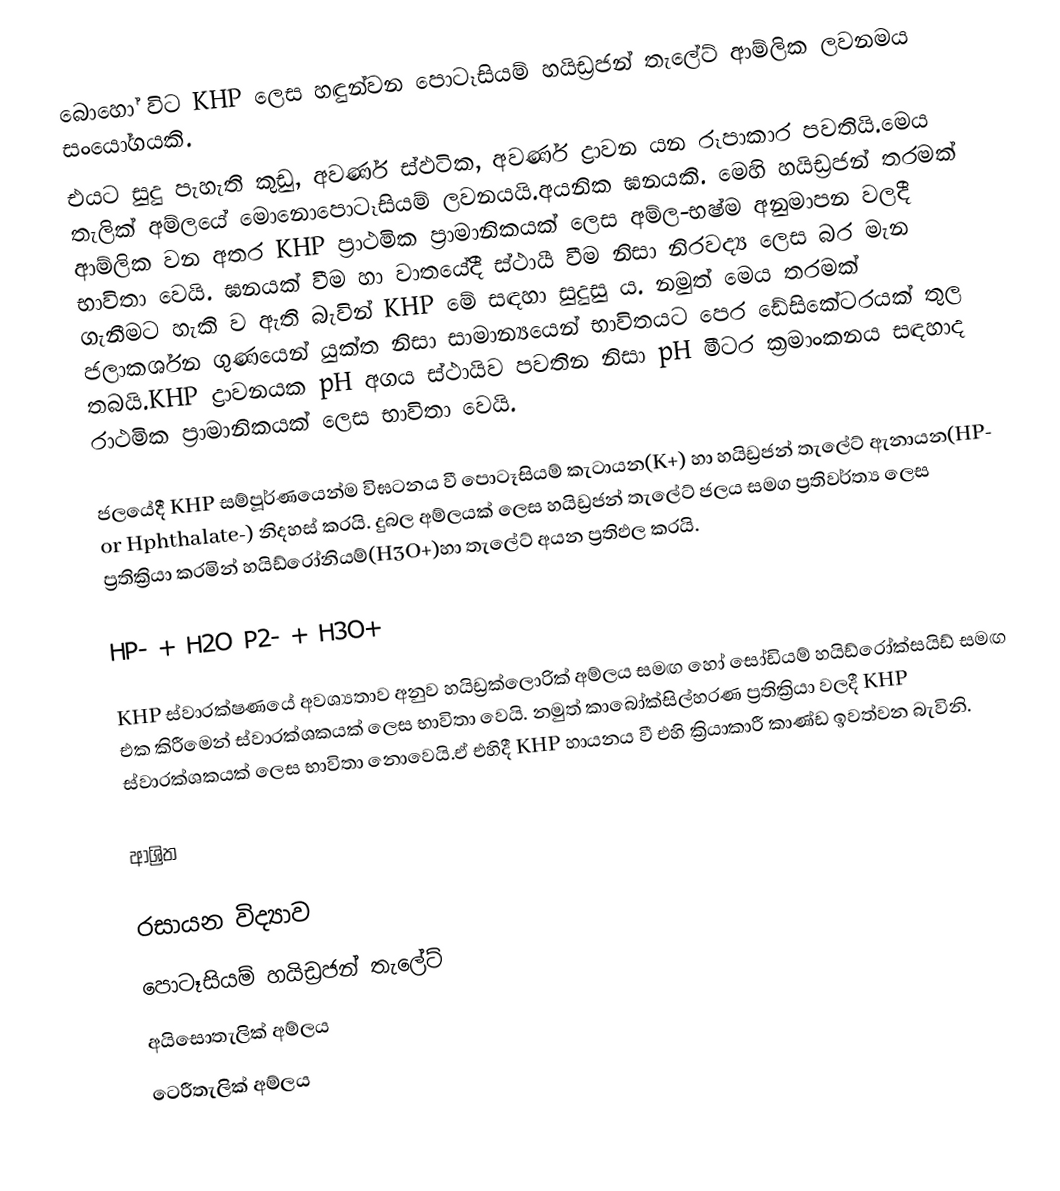
බොහෝ විට KHP ලෙස හඳුන්වන පොටෑසියම් හයිඩ්‍රජන් තැලේට් ආම්ලික ලවනමය සංයෝගයකි.
එයට සුදු පැහැති කුඩු, අවර්ණ  ස්ඵටික, අවර්ණ ද්‍රාවන යන රූපාකාර පවතියි.මෙය තැලික් අම්ලයේ මොනොපොටෑසියම් ලවනයයි.අයනික ඝනයකි. මෙහි හයිඩ්‍රජන් තරමක් ආම්ලික වන අතර KHP  ප්‍රාථමික ප්‍රාමානිකයක් ලෙස අම්ල-භෂ්ම අනුමාපන වලදී භාවිතා වෙයි.  ඝනයක් වීම හා වාතයේදී ස්ථායී වීම නිසා නිරවද්‍ය ලෙස බර මැන ගැනීමට හැකි ව ඇති බැවින් KHP මේ සඳහා සුදුසු ය.  නමුත් මෙය තරමක් ජලාකර්ශන ගුණයෙන් යුක්ත නිසා සාමාන්‍යයෙන් භාවිතයට පෙර ඩේසිකේටරයක් තුල තබයි.KHP ද්‍රාවනයක  pH අගය ස්ථායිව පවතින නිසා pH මීටර ක්‍රමාංකනය සඳහාද රාථමික ප්‍රාමානිකයක් ලෙස භාවිතා වෙයි.

ජලයේදී KHP සම්පූර්ණයෙන්ම විඝටනය වී පොටෑසියම් කැටායන(K+)  හා හයිඩ්‍රජන් තැලේට් ඇනායන(HP- or Hphthalate-) නිදහස් කරයි. දුබල අම්ලයක් ලෙස හයිඩ්‍රජන් තැලේට් ජලය සමග ප්‍රතිවර්ත්‍ය ලෙස ප්‍රතික්‍රියා කරමින් හයිඩ්රෝනියම්(H3O+)හා තැලේට් අයන ප්‍රතිඵල කරයි.

 HP- + H2O  P2- + H3O+

KHP ස්වාරක්ෂණයේ අවශ්‍යතාව අනුව හයිඩ්‍රක්ලොරික් අම්ලය සමඟ හෝ සෝඩියම් හයිඩ්රෝක්සයිඩ් සමඟ එක කිරීමෙන් ස්වාරක්ශකයක් ලෙස භාවිතා වෙයි. නමුත්  කාබෝක්සිල්හරණ ප්‍රතික්‍රියා වලදී KHP  ස්වාරක්ශකයක් ලෙස භාවිතා නොවෙයි.ඒ එහිදී KHP හායනය වී එහි ක්‍රියාකාරී කාණ්ඩ ඉවත්වන බැවිනි.

ආශ්‍රිත

රසායන විද්‍යාව
පොටෑසියම් හයිඩ්‍රජන් තැලේට්
අයිසොතැලික් අම්ලය
ටෙරීතැලික් අම්ලය